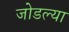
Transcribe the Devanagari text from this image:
जोडल्‍या